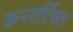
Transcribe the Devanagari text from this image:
कनवर्टिबल